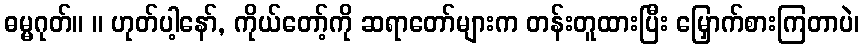
ဓမ္မဂုတ်။ ။ ဟုတ်ပါ့နော်, ကိုယ်တော့်ကို ဆရာတော်များက တန်းတူထားပြီး မြှောက်စားကြတာပဲ၊